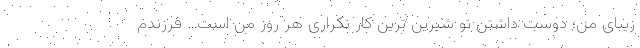
زیبای من؛ دوست داشتن تو شیرین ترین کار تکراری هر روز من است… فرزندم